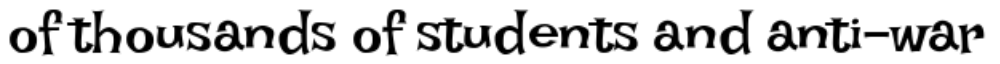
of thousands of students and anti-war